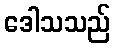
ဒေါသသည်